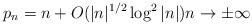
LaTeX: \begin{align*} p_n = n + O(|n|^{1/2} \log^2 |n|) n \to \pm \infty \end{align*}